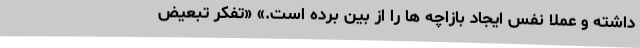
داشته و عملا نفس ایجاد بازاچه ها را از بین برده است.» «تفکر تبعیض